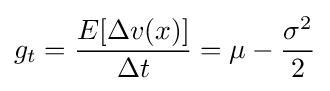
g_{t}={\frac {E[\Delta v(x)]}{\Delta t}}=\mu -{\frac {\sigma ^{2}}{2}}